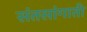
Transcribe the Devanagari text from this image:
संतसांगाती